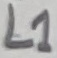
Text: L1